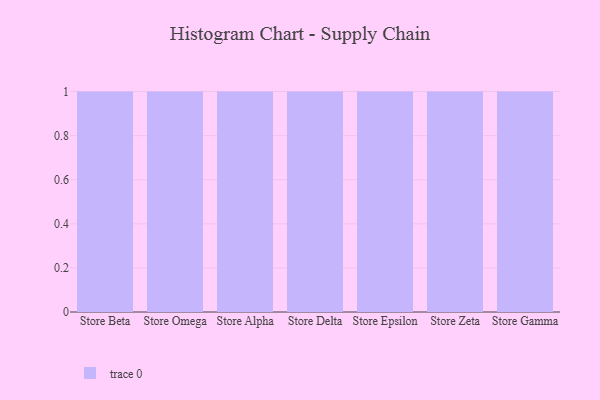
{"axis": {"x": "Store", "y": "Tickets Resolved"}, "legend": [""], "data": [{"x": "Store Beta", "y": 32, "type": ""}, {"x": "Store Omega", "y": 5, "type": ""}, {"x": "Store Alpha", "y": 35, "type": ""}, {"x": "Store Delta", "y": 96, "type": ""}, {"x": "Store Epsilon", "y": 49, "type": ""}, {"x": "Store Zeta", "y": 59, "type": ""}, {"x": "Store Gamma", "y": 38, "type": ""}]}